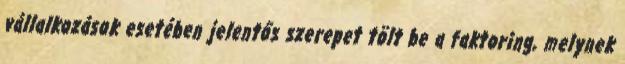
vállalkozások esetében jelentős szerepet tölt be a faktoring, melynek